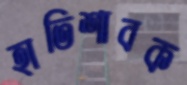
হাতিশাবক